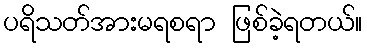
ပရိသတ်အားမရစရာ ဖြစ်ခဲ့ရတယ်။